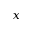
x